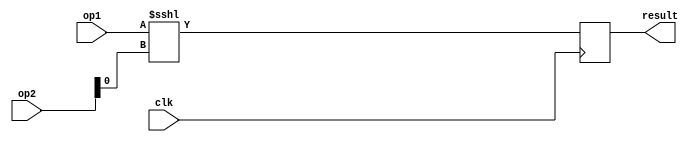
module SLA(clk,op1,op2,result);
    input clk ;
    input [31:0] op1;
    input [31:0]op2;
    output integer result;

    always @(posedge clk)
    begin
            result = op1 <<< op2[0];
      
        
    end
endmodule